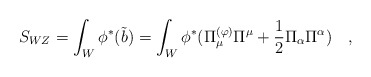
\begin{align*}S_{WZ} =\int_W \phi^{*}(\tilde{b}) = \int_W \phi^{*}(\Pi_\mu^{(\varphi)} \Pi^\mu + {1 \over 2} \Pi_\alpha \Pi^\alpha) \quad,\end{align*}